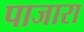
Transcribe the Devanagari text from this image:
पाजारा